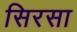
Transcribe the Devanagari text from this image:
सिरसा